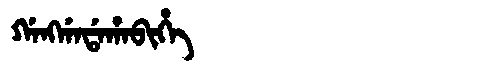
Manchu: ᡤᠠᠩᡤᠠᡩᠠᡥᠠᠪᡳᡥᡝ
Romanization: GANGGADAHABIHE